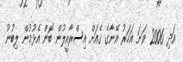
އަދި 2006 ވަނަ އަހަރު އޭނާގެ ގެއަށް އިސްރާއީލުން ބޮން އެޅުމުން ލިބުނު